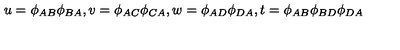
u = \phi _ { A B } \phi _ { B A } , v = \phi _ { A C } \phi _ { C A } , w = \phi _ { A D } \phi _ { D A } , t = \phi _ { A B } \phi _ { B D } \phi _ { D A }